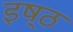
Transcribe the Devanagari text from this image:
इष्ठ